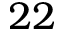
2 2